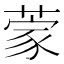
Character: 𮐃